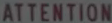
ATTENTION